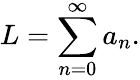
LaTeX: L=\sum_{n=0}^{\infty}a_{n}.